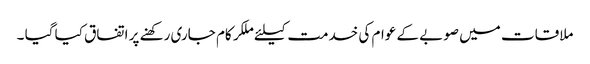
ملاقات میں صوبے کے عوام کی خدمت کیلئے ملکر کام جاری رکھنے پر اتفاق کیا گیا ۔